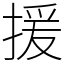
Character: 援